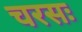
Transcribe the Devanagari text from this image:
चरसः